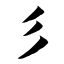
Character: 彡